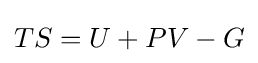
TS=U+PV-G